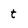
Character: t